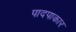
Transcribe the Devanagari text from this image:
पादपाकार